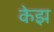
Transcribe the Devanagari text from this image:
केझ